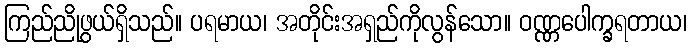
ကြည်ညိုဖွယ်ရှိသည်။ ပရမာယ၊ အတိုင်းအရှည်ကိုလွန်သော။ ဝဏ္ဏပေါက္ခရတာယ၊